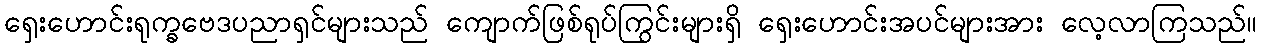
ရှေးဟောင်းရုက္ခဗေဒပညာရှင်များသည် ကျောက်ဖြစ်ရုပ်ကြွင်းများရှိ ရှေးဟောင်းအပင်များအား လေ့လာကြသည်။